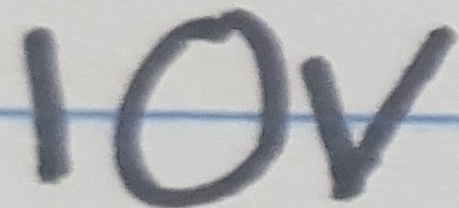
Text: 10V